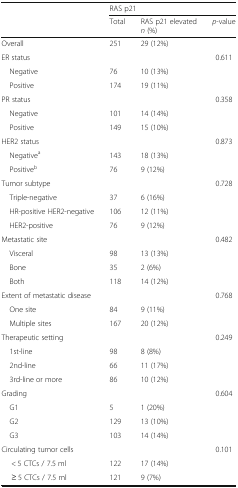
| <ROWSPAN=2>  | <COLSPAN=3> RAS p21 |
 | Total | RAS p21 elevatedn (%) | p-value |
 | --- | --- | --- | --- |
 | Overall | 251 | 29 (12%) |  |
 | ER status |  |  | 0.611 |
 | Negative | 76 | 10 (13%) |  |
 | Positive | 174 | 19 (11%) |  |
 | PR status |  |  | 0.358 |
 | Negative | 101 | 14 (14%) |  |
 | Positive | 149 | 15 (10%) |  |
 | HER2 status |  |  | 0.873 |
 | Negativea | 143 | 18 (13%) |  |
 | Positiveb | 76 | 9 (12%) |  |
 | Tumor subtype |  |  | 0.728 |
 | Triple-negative | 37 | 6 (16%) |  |
 | HR-positive HER2-negative | 106 | 12 (11%) |  |
 | HER2-positive | 76 | 9 (12%) |  |
 | Metastatic site |  |  | 0.482 |
 | Visceral | 98 | 13 (13%) |  |
 | Bone | 35 | 2 (6%) | <ROWSPAN=2>  |
 | Both | 118 | 14 (12%) |
 | Extent of metastatic disease |  |  | 0.768 |
 | One site | 84 | 9 (11%) |  |
 | Multiple sites | 167 | 20 (12%) |  |
 | Therapeutic setting |  |  | 0.249 |
 | 1st-line | 98 | 8 (8%) |  |
 | 2nd-line | 66 | 11 (17%) |  |
 | 3rd-line or more | 86 | 10 (12%) |  |
 | Grading |  |  | 0.604 |
 | G1 | 5 | 1 (20%) |  |
 | G2 | 129 | 13 (10%) | <ROWSPAN=2>  |
 | G3 | 103 | 14 (14%) |
 | Circulating tumor cells |  |  | 0.101 |
 | < 5 CTCs / 7.5 ml | 122 | 17 (14%) |  |
 | ≥ 5 CTCs / 7.5 ml | 121 | 9 (7%) |  |